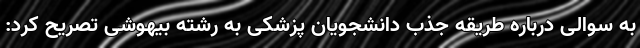
به سوالی درباره طریقه جذب دانشجویان پزشکی به رشته بیهوشی تصریح کرد: